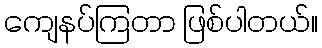
ကျေနပ်ကြတာ ဖြစ်ပါတယ်။